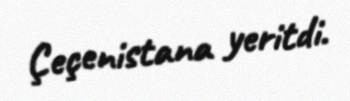
Çeçenistana yeritdi.